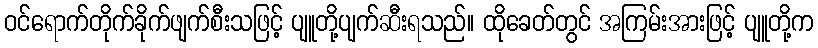
ဝင်ရောက်တိုက်ခိုက်ဖျက်စီးသဖြင့် ပျူတို့ပျက်ဆီးရသည်။ ထိုခေတ်တွင် အကြမ်းအားဖြင့် ပျူတို့က